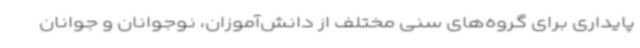
پایداری برای گروه‌های سنی مختلف از دانش‌آموزان، نوجوانان و جوانان